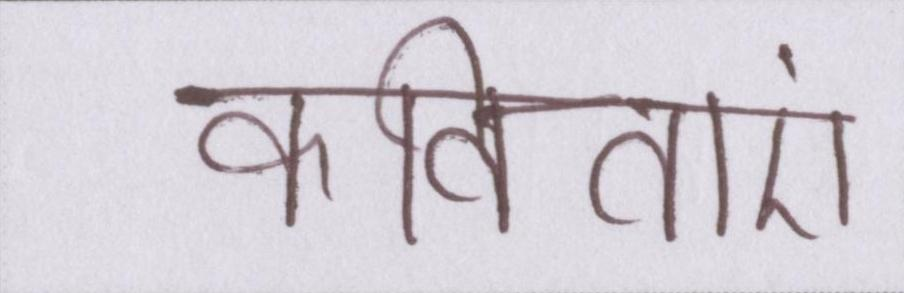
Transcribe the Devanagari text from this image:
कविताएं